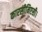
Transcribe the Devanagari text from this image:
कारसीनिएसी।